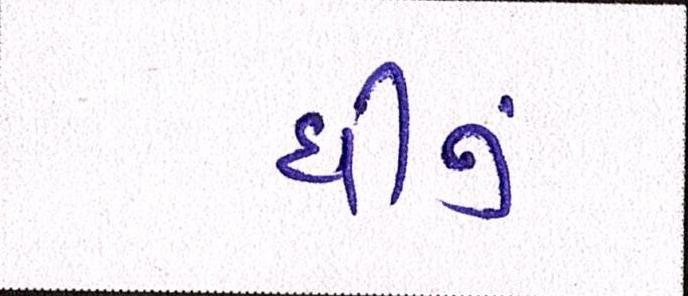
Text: ઘીનું